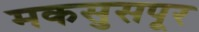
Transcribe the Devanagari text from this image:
मकसुसपूर